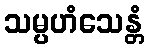
သမ္ပဟံသေန္တံ